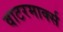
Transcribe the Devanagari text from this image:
वाटरमार्क्स